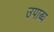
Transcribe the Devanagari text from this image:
उपाब्ध